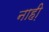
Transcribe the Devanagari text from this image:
नाही़